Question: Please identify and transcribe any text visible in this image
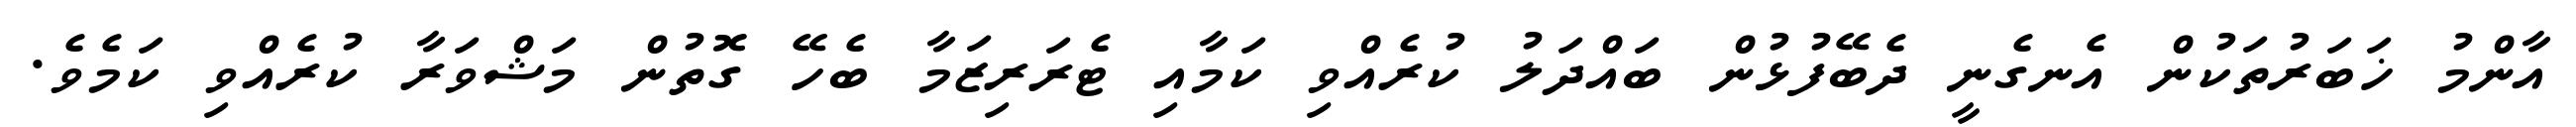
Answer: އާންމު ޚަބަރުތަކުން އެނގެނީ ދެބޭފުޅުން ބައްދަލު ކުރެއްވި ކަމާއި ޓެރަރިޒަމާ ބެހޭ ގޮތުން މަޝްވަރާ ކުރެއްވި ކަމެވެ.